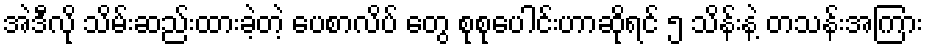
အဲဒီလို သိမ်းဆည်းထားခဲ့တဲ့ ပေစာလိပ် တွေ စုစုပေါင်းဟာဆိုရင် ၅ သိန်းနဲ့ တသန်းအကြား